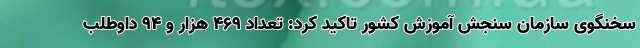
سخنگوی سازمان سنجش آموزش کشور تاکید کرد: تعداد ۴۶۹ هزار و ۹۴ داوطلب